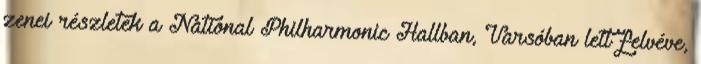
zenei részletek a National Philharmonic Hallban, Varsóban lett felvéve,